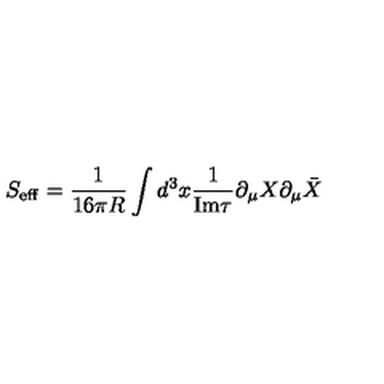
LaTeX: S _ { \mathrm { e f f } } = \frac { 1 } { 1 6 \pi R } \int d ^ { 3 } x \frac { 1 } { \mathrm { I m } \tau } \partial _ { \mu } X \partial _ { \mu } \bar { X }